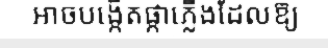
អាចបង្កើតផ្កាភ្លើងដែលឱ្យ